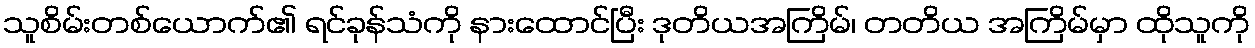
သူစိမ်းတစ်ယောက်၏ ရင်ခုန်သံကို နားထောင်ပြီး ဒုတိယအကြိမ်၊ တတိယ အကြိမ်မှာ ထိုသူကို